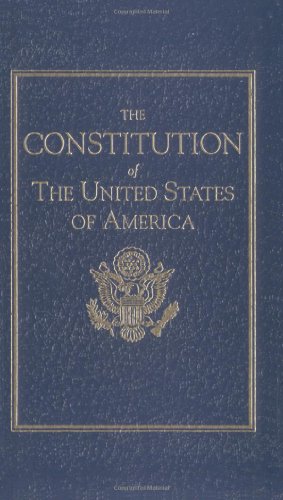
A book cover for Constitution of the United States (Little Books of Wisdom); Law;